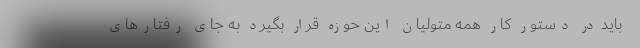
باید در دستور کار همه متولیان این حوزه قرار بگیرد به جای رفتارهای